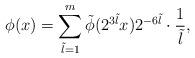
LaTeX: \begin{align*}\phi(x) = \sum_{\tilde l=1}^m \tilde \phi(2^{3\tilde l} x) 2^{-6\tilde l}\cdot \frac 1 {\tilde l},\end{align*}